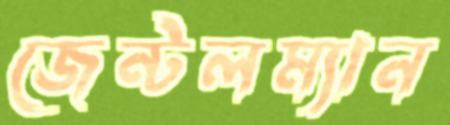
জেন্টলম্যান